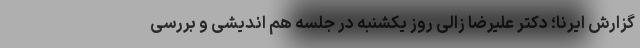
گزارش ایرنا؛ دکتر علیرضا زالی روز یکشنبه در جلسه هم اندیشی و بررسی